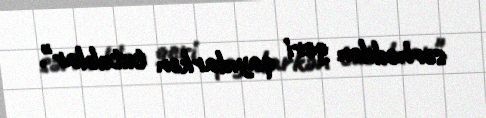
sərhəddən geri qayıdarkən tutublar".